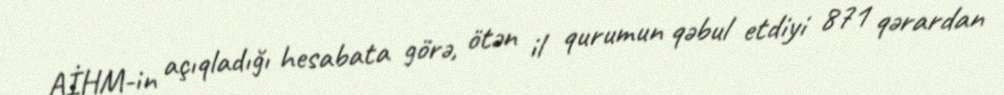
AİHM-in açıqladığı hesabata görə, ötən il qurumun qəbul etdiyi 871 qərardan